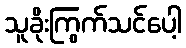
သူခိုးကြွက်သင်ပေါ့